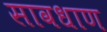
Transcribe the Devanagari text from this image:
सावधाण